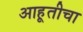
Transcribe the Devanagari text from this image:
आहूतीचा